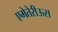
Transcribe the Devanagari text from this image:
एमेतेरीऊस